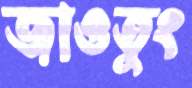
জাওতুং